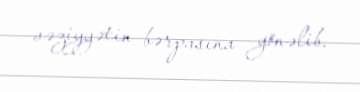
vəziyyətin bərpasına yönəlib.